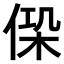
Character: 𠋕